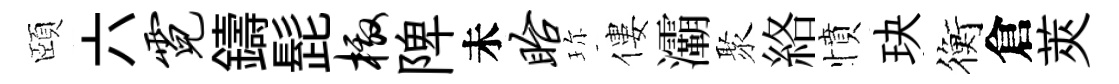
頤六霓鑄髭檄陴未眙珎僂灞聚絡憤玦衡倉莢